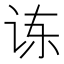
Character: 𫍝